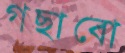
গছাবো